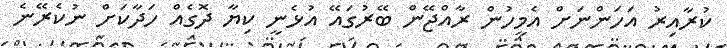
ކުރާއިރު އަހަންނަށް އެމީހުން ރާއްޖޭން ބޭރުގައޭ އުޅެނީ ކިޔާ ދޮގެއް ހަދާކަށް ނުކެރޭނެ